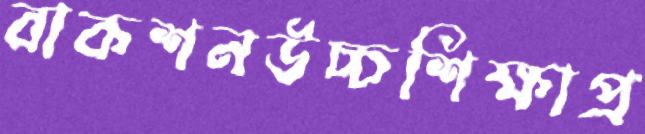
বাকশনউচ্চশিক্ষাপ্র